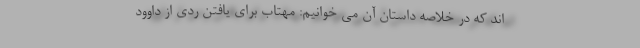
اند که در خلاصه داستان آن می خوانیم: مهتاب برای یافتن ردی از داوود